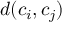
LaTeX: d ( c _ { i } , c _ { j } )